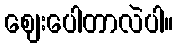
ဈေးပေါတာလဲပါ။